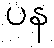
ပန